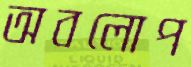
অবলোপ